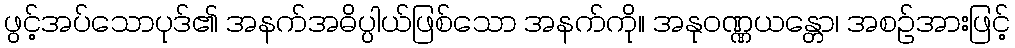
ဖွင့်အပ်သောပုဒ်၏ အနက်အဓိပ္ပါယ်ဖြစ်သော အနက်ကို။ အနုဝဏ္ဏယန္တော၊ အစဉ်အားဖြင့်